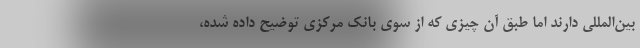
بین‌المللی دارند اما طبق آن چیزی که از سوی بانک مرکزی توضیح داده شده،